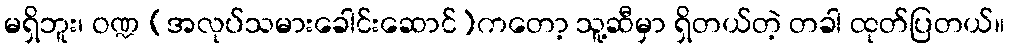
မရှိဘူး၊ ဝဏ္ဍ (အလုပ်သမားခေါင်းဆောင်)ကတော့ သူ့ဆီမှာ ရှိတယ်တဲ့ တခါ ထုတ်ပြတယ်။